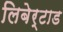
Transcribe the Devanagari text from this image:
लिबेर्टाड